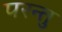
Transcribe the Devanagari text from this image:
परन्तु